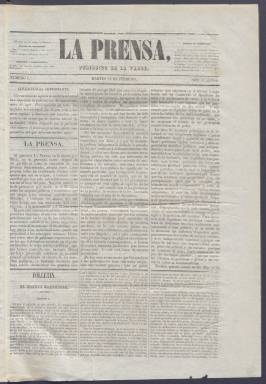
Título: La Prensa (Madrid. 1847)
Colección: Periódicos anteriores a 1850
Ámbito geográfico: Madrid
Lugar de publicación: Madrid
Fechas: 16/02/1847-12/08/1848